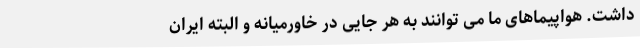
داشت. هواپیماهای ما می توانند به هر جایی در خاورمیانه و البته ایران